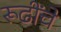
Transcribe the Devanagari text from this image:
रूढींचे